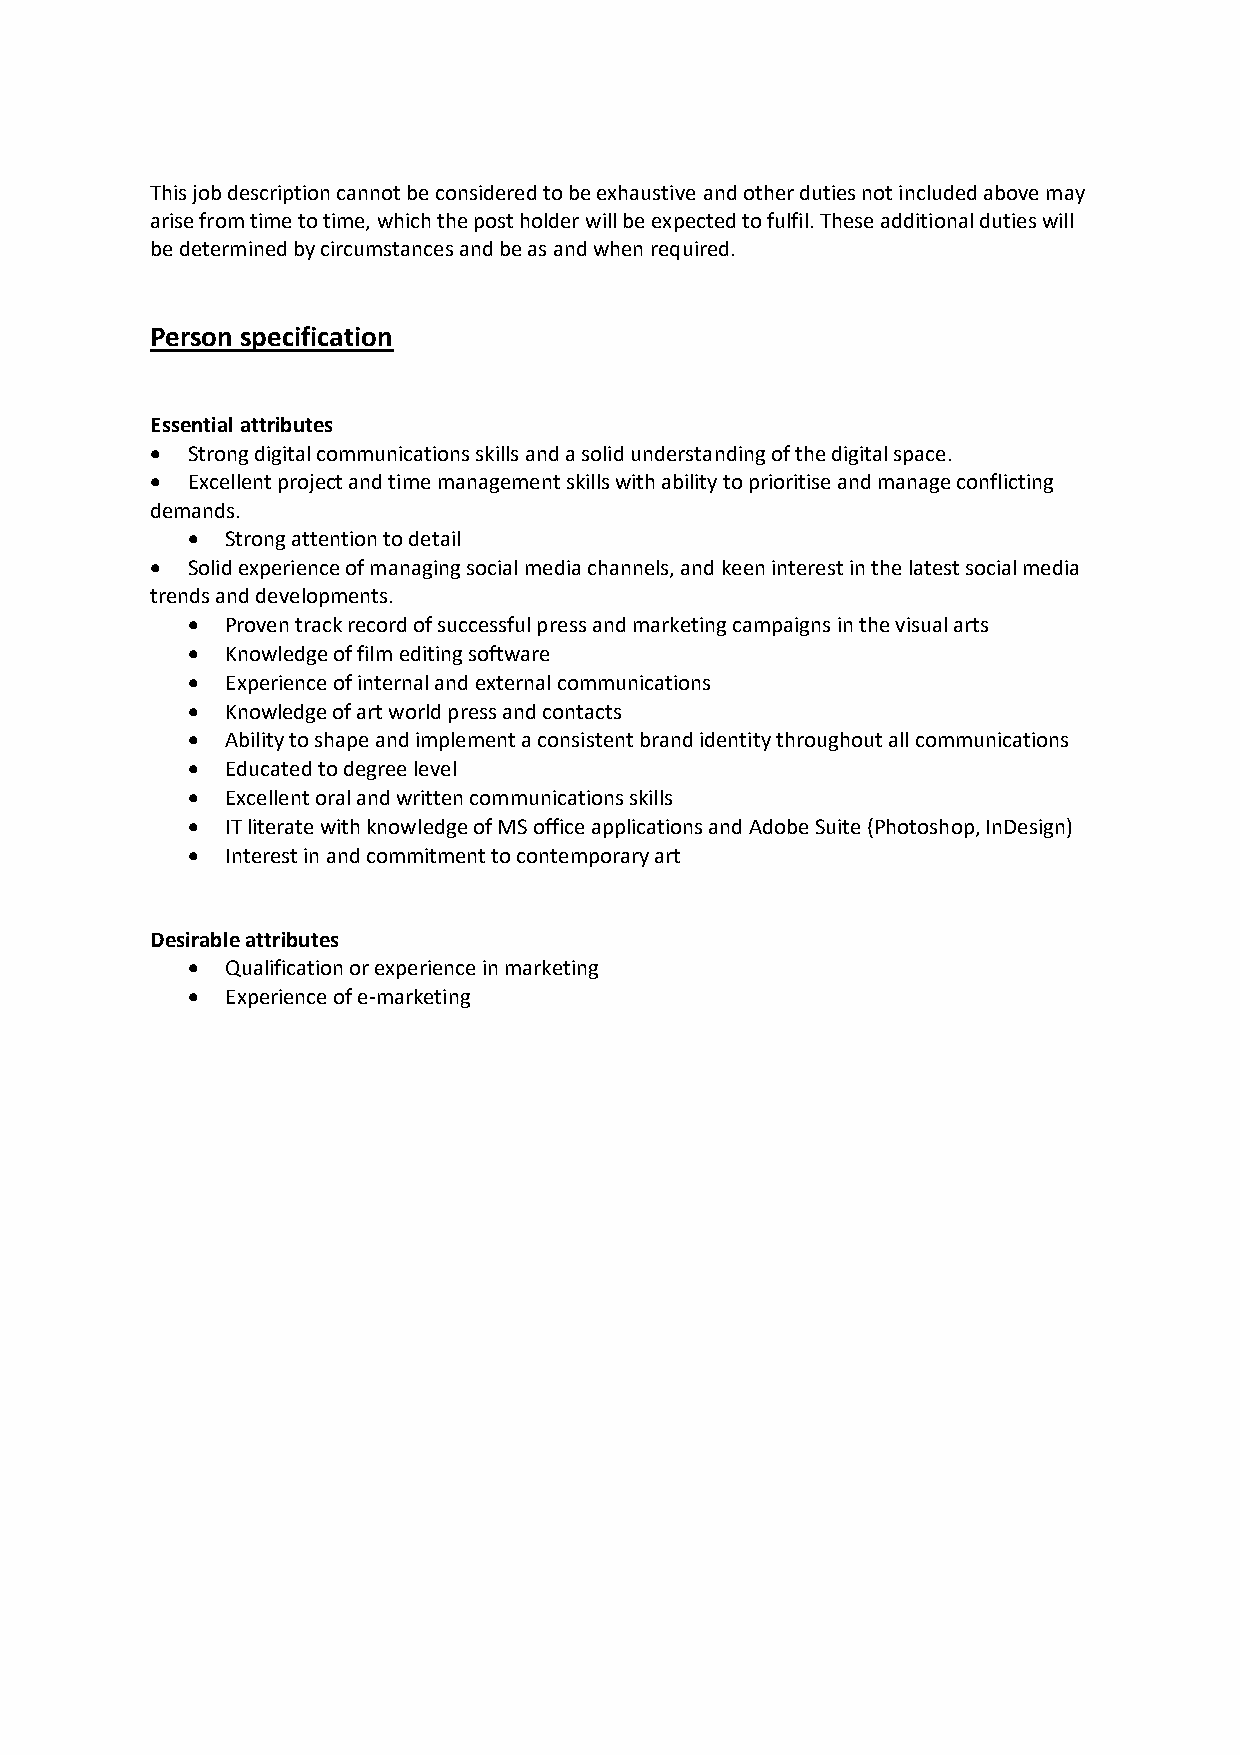
This job description cannot be considered to be exhaustive and other duties not included above may
 arise from time to time, which the post holder will be expected to fulfil. These additional duties will
 be determined by circumstances and be as and when required.
 Person specification
 Essential attributes
 • Strong digital communications skills and a solid understanding of the digital space.
 • Excellent project and time management skills with ability to prioritise and manage conflicting
 demands.
 •  Strong attention to detail
 • Solid experience of managing social media channels, and keen interest in the latest social media
 trends and developments.
 •  Proven track record of successful press and marketing campaigns in the visual arts
 •  Knowledge of film editing software
 •  Experience of internal and external communications
 •  Knowledge of art world press and contacts
 •  Ability to shape and implement a consistent brand identity throughout all communications
 •  Educated to degree level
 •  Excellent oral and written communications skills
 •  IT literate with knowledge of MS office applications and Adobe Suite (Photoshop, InDesign)
 •  Interest in and commitment to contemporary art
 Desirable attributes
 •  Qualification or experience in marketing
 •  Experience of e-marketing